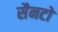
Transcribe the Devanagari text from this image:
सैनटो